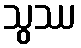
သွဿ